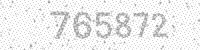
Solution: 765872